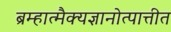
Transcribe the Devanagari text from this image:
ब्रम्हात्मैक्यज्ञानोत्पात्तीत